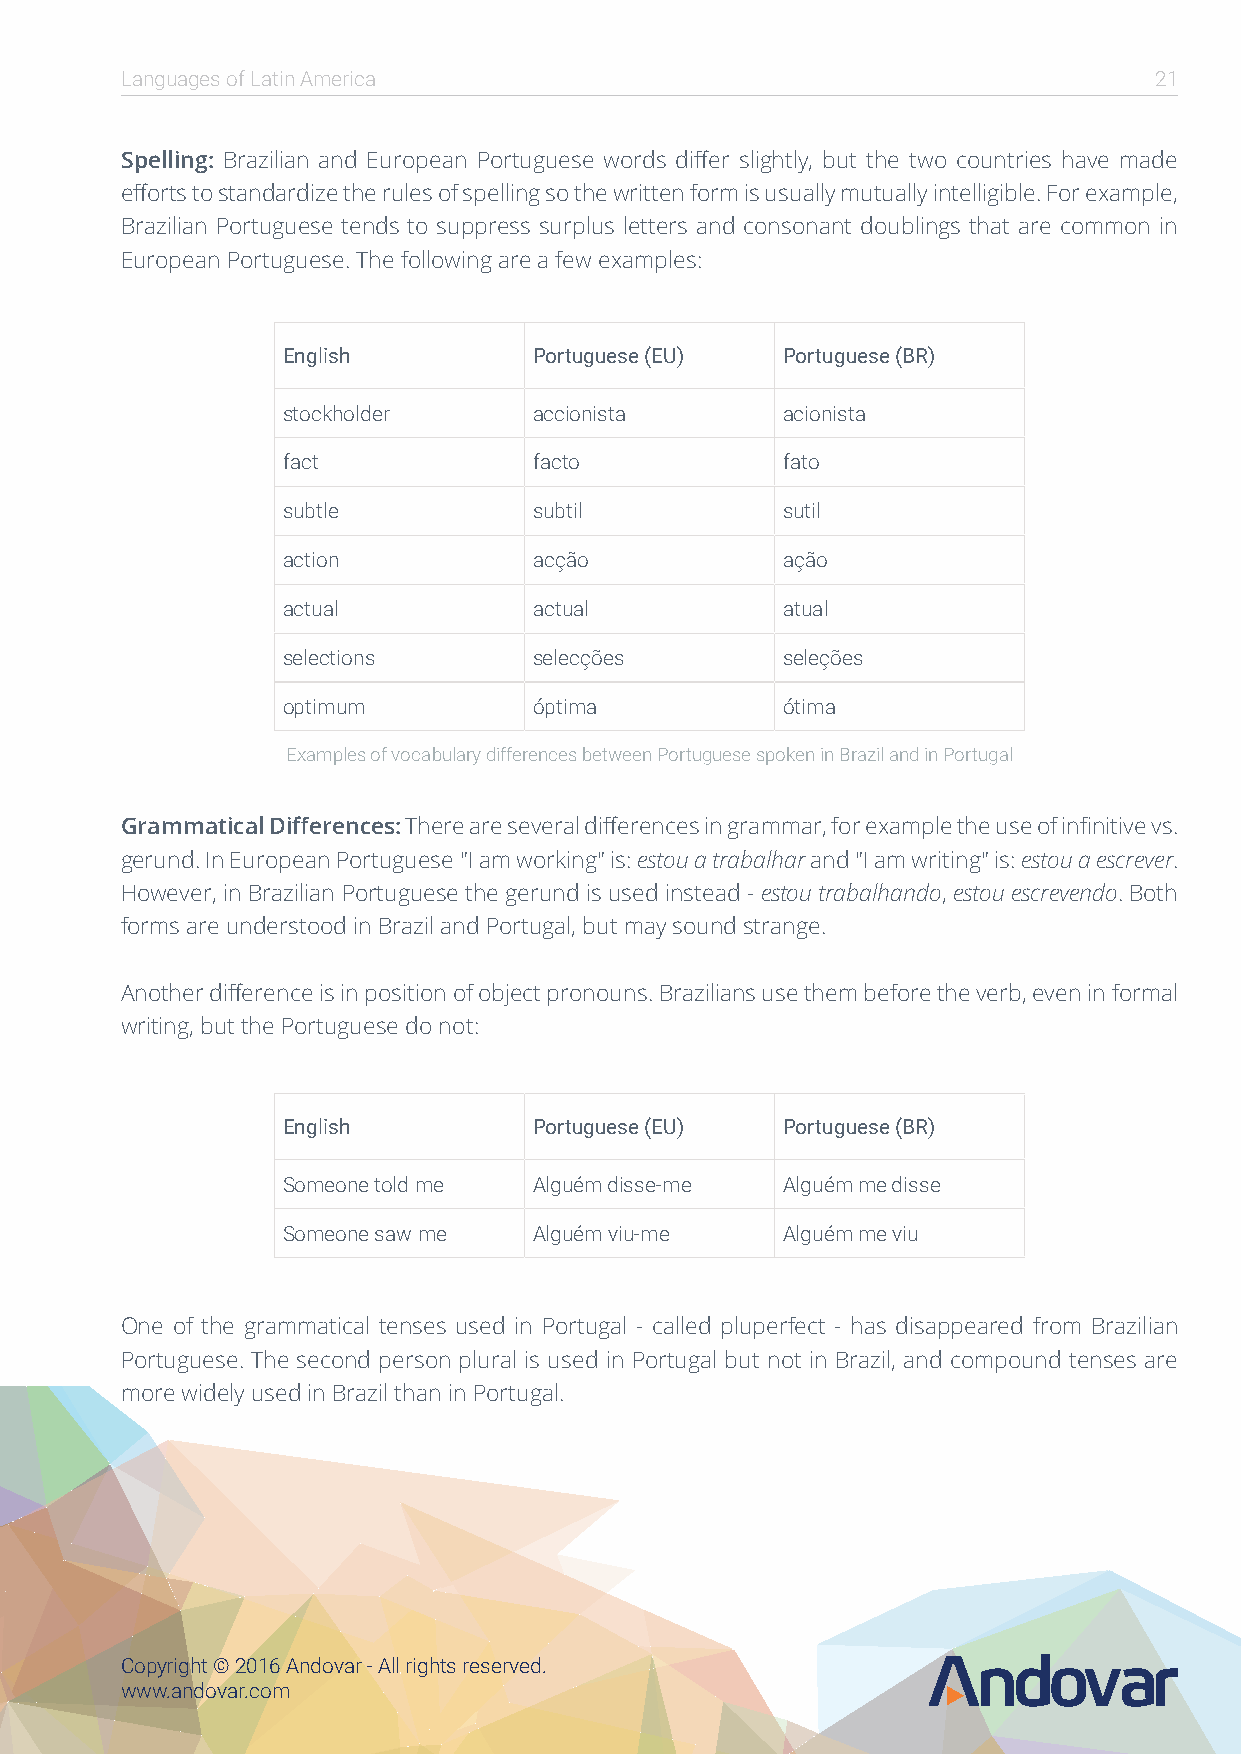
Languages of Latin America                                          21
 Spelling: Brazilian and European Portuguese words differ slightly, but the two countries have made
 efforts to standardize the rules of spelling so the written form is usually mutually intelligible. For example,
 Brazilian Portuguese tends to suppress surplus letters and consonant doublings that are common in
 European Portuguese. The following are a few examples:
 English         Portuguese (EU)  Portuguese (BR)
 stockholder     accionista       acionista
 fact            facto            fato
 subtle          subtil           sutil
 action          acção            ação
 actual          actual           atual
 selections      selecções        seleções
 optimum         óptima           ótima
 Examples of vocabulary differences between Portuguese spoken in Brazil and in Portugal
 Grammatical Differences: There are several differences in grammar, for example the use of infinitive vs.
 gerund. In European Portuguese "I am working" is: estou a trabalhar and "I am writing" is: estou a escrever.
 However, in Brazilian Portuguese the gerund is used instead - estou trabalhando, estou escrevendo. Both
 forms are understood in Brazil and Portugal, but may sound strange.
 Another difference is in position of object pronouns. Brazilians use them before the verb, even in formal
 writing, but the Portuguese do not:
 English         Portuguese (EU)  Portuguese (BR)
 Someone told me Alguém disse-me  Alguém me disse
 Someone saw me  Alguém viu-me    Alguém me viu
 One of the grammatical tenses used in Portugal - called pluperfect - has disappeared from Brazilian
 Portuguese. The second person plural is used in Portugal but not in Brazil, and compound tenses are
 more widely used in Brazil than in Portugal.
 Copyright © 2016 Andovar - All rights reserved.
 www.andovar.com